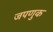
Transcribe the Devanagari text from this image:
जपणुक